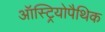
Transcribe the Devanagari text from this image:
ऑस्ट्रियोपैथिक